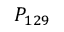
P _ { 1 2 9 }